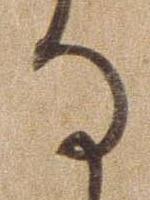
る